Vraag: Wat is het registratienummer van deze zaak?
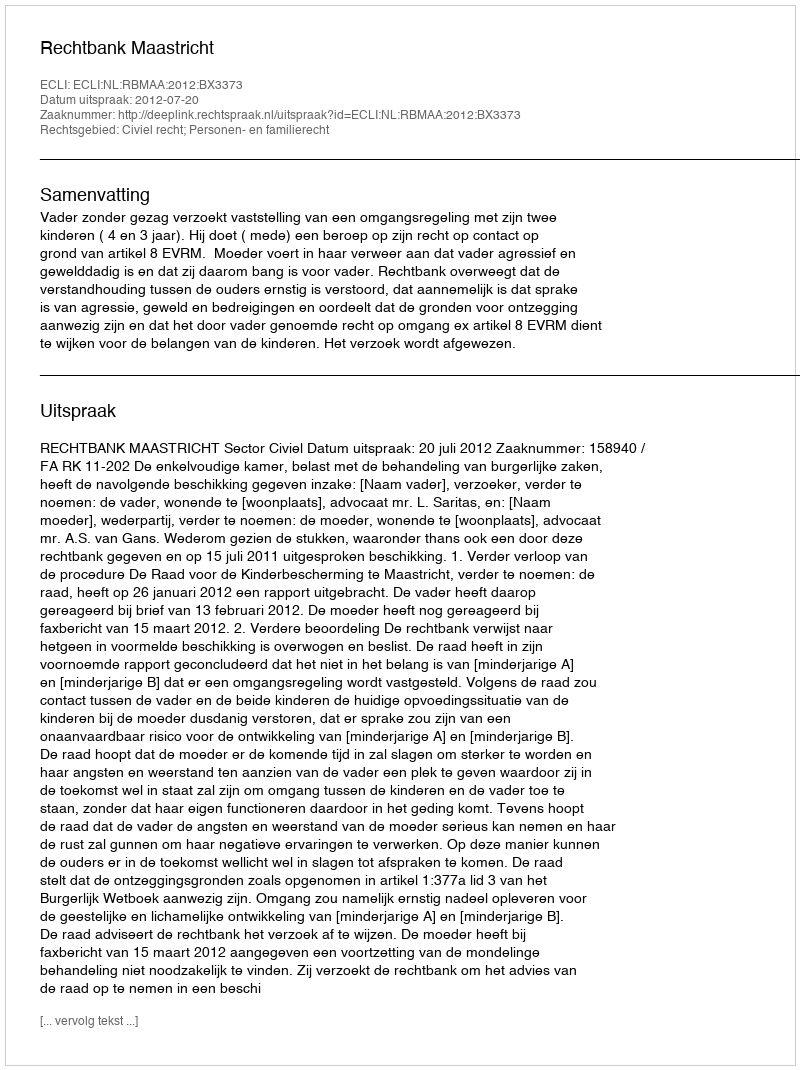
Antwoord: http://deeplink.rechtspraak.nl/uitspraak?id=ECLI:NL:RBMAA:2012:BX3373